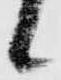
候